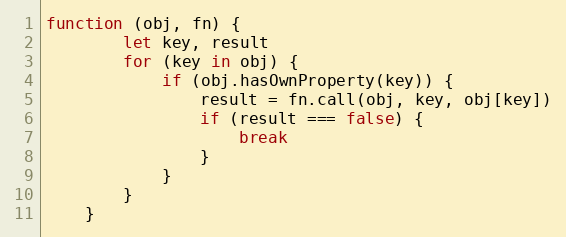
Language: JavaScript
function (obj, fn) {
        let key, result
        for (key in obj) {
            if (obj.hasOwnProperty(key)) {
                result = fn.call(obj, key, obj[key])
                if (result === false) {
                    break
                }
            }
        }
    }